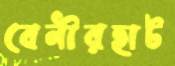
বেনীরহাট